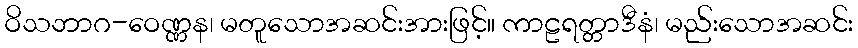
ဝိသဘာဂ-ဝေဏ္ဏန၊ မတူသောအဆင်းအားဖြင့်။ ကာဠရတ္တာဒီနံ၊ မည်းသောအဆင်း